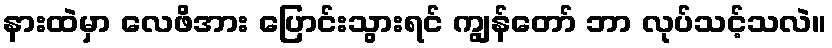
နားထဲမှာ လေဖိအား ပြောင်းသွားရင် ကျွန်တော် ဘာ လုပ်သင့်သလဲ။